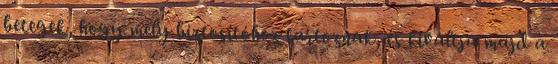
betegek, hogy mely biztosítóhoz tartoznak, és kiváltja majd a